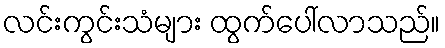
လင်းကွင်းသံများ ထွက်ပေါ်လာသည်။